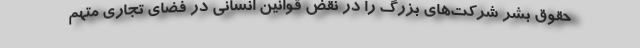
حقوق بشر شرکت‌های بزرگ را در نقض قوانین انسانی در فضای تجاری متهم